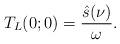
LaTeX: \begin{align*}T_L(0;0) = \frac{\hat{s}(\nu)}{\omega}.\end{align*}